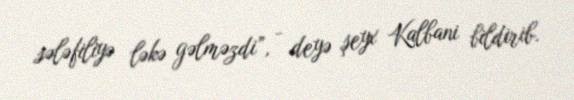
sələfiliyə ləkə gəlməzdi”, - deyə şeyx Kalbani bildirib.